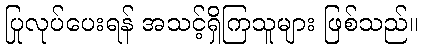
ပြုလုပ်ပေးရန် အသင့်ရှိကြသူများ ဖြစ်သည်။